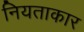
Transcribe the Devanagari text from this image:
नियताकार